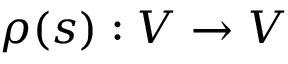
\rho ( s ) : V \to V